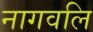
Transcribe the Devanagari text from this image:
नागवलि